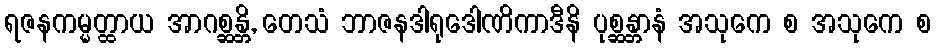
ရဇနကမ္မတ္ထာယ အာဂစ္ဆန္တိ, တေသံ ဘာဇနဒါရုဒေါဏိကာဒီနိ ပုစ္ဆန္တာနံ အသုကေ စ အသုကေ စ